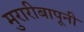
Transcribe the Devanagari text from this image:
मुरारीबापूनी